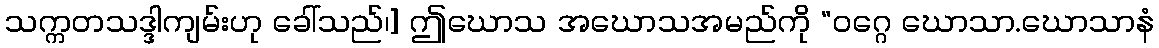
သက္ကတသဒ္ဒါကျမ်းဟု ခေါ်သည်၊] ဤဃောသ အဃောသအမည်ကို “ဝဂ္ဂေ ဃောသာ.ဃောသာနံ